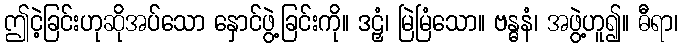
ဤငဲ့ခြင်းဟုဆိုအပ်သော နှောင်ဖွဲ့ခြင်းကို။ ဒဠှံ၊ မြဲမြံသော။ ဗန္ဓနံ၊ အဖွဲ့ဟူ၍။ ဓီရာ၊